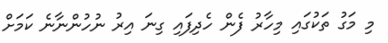
މި މަގު ތަކުގައި މިހާރު ފެން ހެދިފައި ގިނަ އިރު ނުހުންނާނެ ކަމަށް